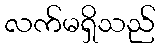
လက်မရှိသည်